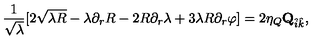
{ \frac { 1 } { \sqrt { \lambda } } } [ 2 \sqrt { \lambda R } - \lambda \partial _ { r } R - 2 R \partial _ { r } \lambda + 3 \lambda R \partial _ { r } \varphi ] = 2 \eta _ { Q } { \bf Q } _ { \hat { i } \hat { k } } ,